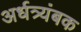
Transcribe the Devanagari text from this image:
अर्धत्र्यंबक